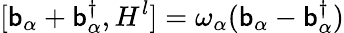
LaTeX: [\mathsf{b}_{\alpha}+\mathsf{b}_{\alpha}^{\dagger},H^{l}]=\omega_{\alpha}(\mathsf{b}_{\alpha}-\mathsf{b}_{\alpha}^{\dagger})